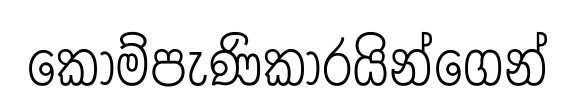
කොම්පැණිකාරයින්ගෙන්